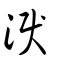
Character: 淚